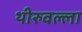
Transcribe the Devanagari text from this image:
थीरुवल्ला